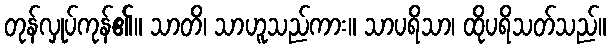
တုန်လှုပ်ကုန်၏။ သာတိ၊ သာဟူသည်ကား။ သာပရိသာ၊ ထိုပရိသတ်သည်။